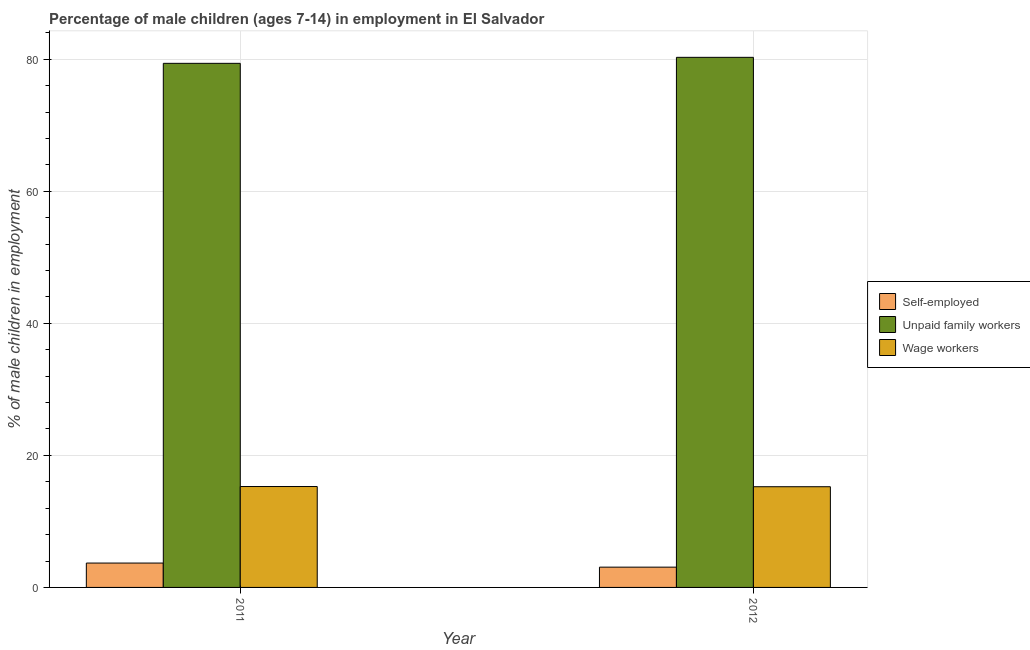
| Year | Self-employed | Unpaid family workers | Wage workers |
 | --- | --- | --- | --- |
 | 2011 | 3.69 | 79.4 | 15.3 |
 | 2012 | 3.07 | 80.3 | 15.2 |